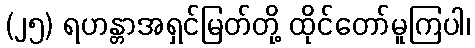
(၂၅) ရဟန္တာအရှင်မြတ်တို့ ထိုင်တော်မူကြပါ၊